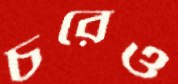
চরেও